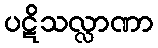
ပဋိသလ္လာဏာ